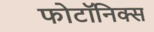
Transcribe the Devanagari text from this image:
फोटॉनिक्‍स